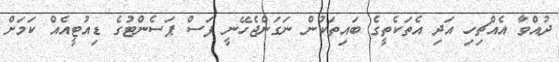
ދުއްވާ އެއްޗިހި އަދި އެތަކެތީގެ ބައިތަކުން ނަގަންޖެހޭނީ ފަސް ޕަސެންޓުގެ ޑިއުޓީއެއް ކަމަށް